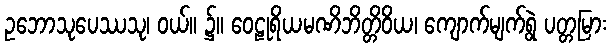
ဥဘောသုပေဿသု၊ ဝယ်။ ၌။ ဝေဠုရိယမဏိဘိတ္တိဝိယ၊ ကျောက်မျက်ရွဲ ပတ္တမြား